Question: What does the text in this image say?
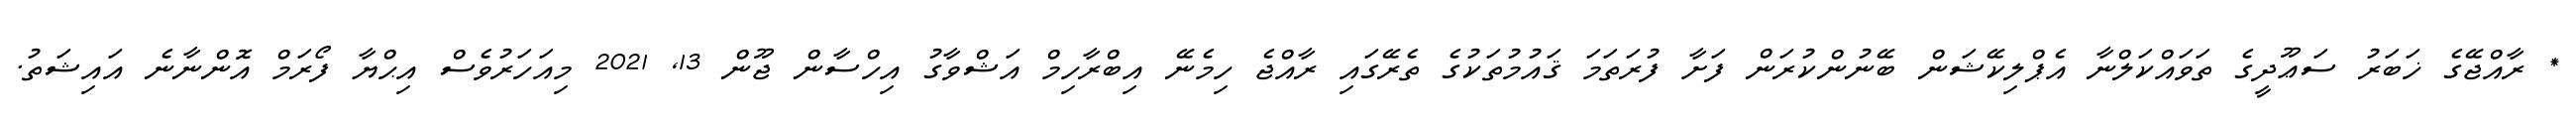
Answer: * ރާއްޖޭގެ ޚަބަރު ސަޢޫދީގެ ތަވައްކަލްނާ އެޕްލިކޭޝަން ބޭނުންކުރަން ފަށާ ފުރަތަމަ ޤައުމުތަކުގެ ތެރޭގައި ރާއްޖެ ހިމެނޭ އިބްރާހިމް އަޝްވާގު އިހްސާން ޖޫން 13, 2021 މިއަހަރުވެސް އިޙްޔާ ފޯރަމް އޮންނާނެ އައިޝަތު.